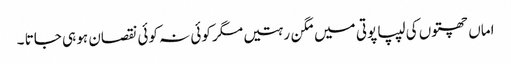
اماں چھتوں کی لیپا پوتی میں مگن رہتیں مگر کوئی نہ کوئی نقصان ہو ہی جاتا ۔